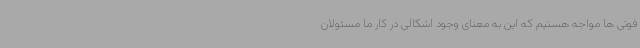
فوتی ها مواجه هستیم که این به معنای وجود اشکالی در کار ما مسئولان